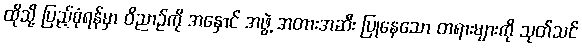
ထိုသို့ ပြည့်စုံရန်မှာ ဝိညာဉ်ကို အနှောင် အဖွဲ့ အတားအဆီး ပြုနေသော တရားများကို သုတ်သင်